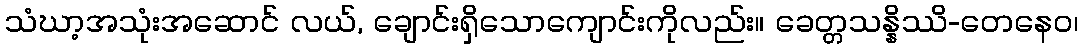
သံဃာ့အသုံးအဆောင် လယ်, ချောင်းရှိသောကျောင်းကိုလည်း။ ခေတ္တသန္နိဿိ-တေနေဝ၊